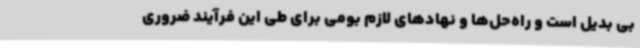
بی بدیل است و راه‌حل‌ها و نهادهای لازم بومی برای طی این فرآیند ضروری